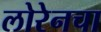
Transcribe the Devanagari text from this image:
लोरेनचा